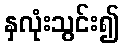
နှလုံးသွင်း၍